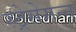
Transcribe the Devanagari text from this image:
स्ट्रेसेमन्न